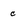
Character: c